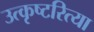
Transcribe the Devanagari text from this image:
उत्कृष्टरित्या